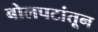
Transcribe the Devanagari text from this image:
बोलपटांतून